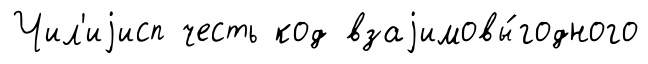
Чил'иjисп честь код взаjимовы́годного